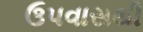
ઉપવાસથી